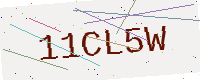
Text: 11CL5W